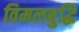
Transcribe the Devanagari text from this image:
विमलबुद्धि